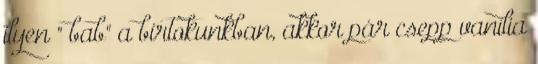
ilyen " bab" a birtokunkban, akkor pár csepp vanília